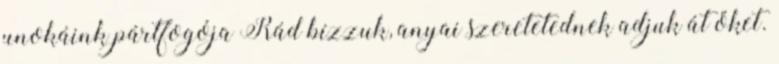
unokáink pártfogója Rád bízzuk, anyai szeretetednek adjuk át őket.